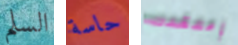
السلم حاسة إعتقدت